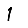
Digit: 1